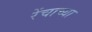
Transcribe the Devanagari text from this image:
रेंचाच्या